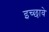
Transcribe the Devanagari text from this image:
इच्छावे